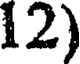
12)